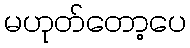
မဟုတ်တော့ပေ